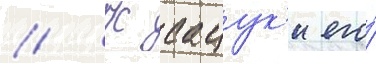
// К сацук'и его́